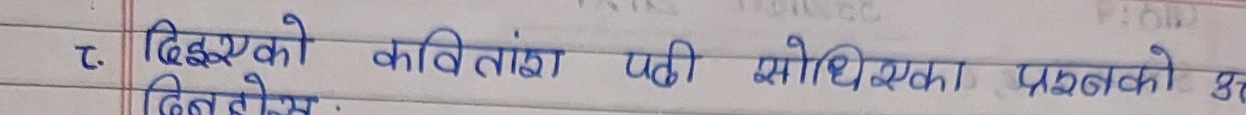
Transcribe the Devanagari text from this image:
ट. दिएको कवितांश पढी सोधिएका प्रश्नाको
दिनुहोस्.